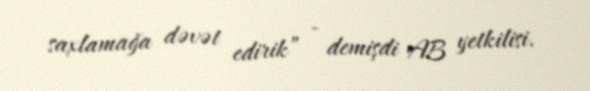
saxlamağa dəvət edirik” - demişdi AB yetkilisi.